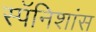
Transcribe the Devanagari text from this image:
स्पॅनिशांस